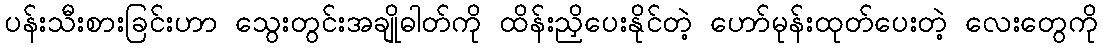
ပန်းသီးစားခြင်းဟာ သွေးတွင်းအချိုဓါတ်ကို ထိန်းညှိပေးနိုင်တဲ့ ဟော်မုန်းထုတ်ပေးတဲ့ လေးတွေကို